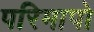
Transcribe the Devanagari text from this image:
परिमापो